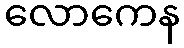
လောကေန